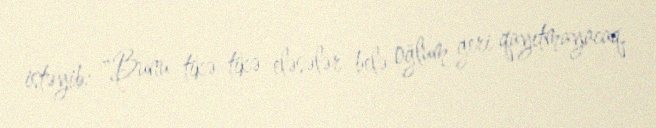
istəyib: "Bunu tikə-tikə eləsələr belə oğlum geri qayıtmayacaq.